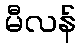
မီလန်